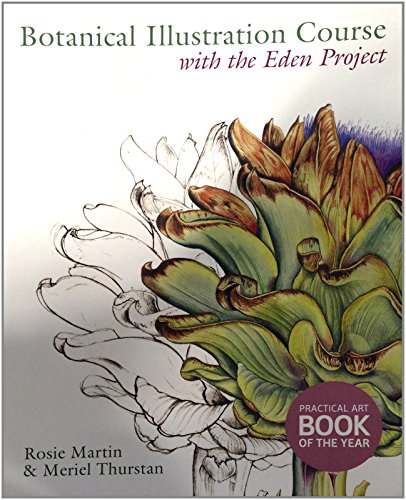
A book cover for Botanical Illustration Course: With the Eden Project; Rosie Martin; Arts & Photography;